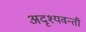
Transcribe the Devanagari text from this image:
अदृश्यवन्ती